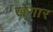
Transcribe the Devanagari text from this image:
खेंगार